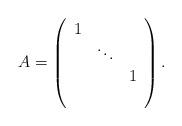
LaTeX: \begin{align*}A=\left(\begin{array}{ccc}1& &\\&\ddots& \\&&1\\&&\end{array}\right).\end{align*}